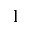
1